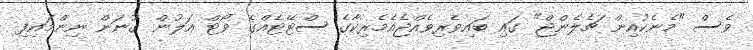
ވެސް "މެނެކުއިން ޗެލެންޖް" ގައި ބައިވެރިވެއްޖެއެމެރިކާގެ ސްޓޭޓެއްގެ ވޯޓް އަލުން ގުނަން ނިންމައިފި